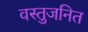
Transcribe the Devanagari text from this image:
वस्तुजनित